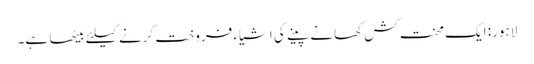
لاہور: ایک محنت کش کھانے پینے کی اشیاء فروخت کرنے کیلئے بیٹھا ہے۔